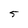
Character: 5